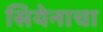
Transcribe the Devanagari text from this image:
सियेनाचा